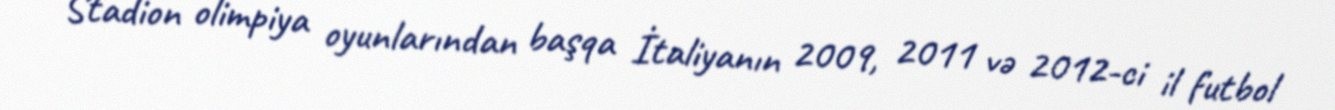
Stadion olimpiya oyunlarından başqa İtaliyanın 2009, 2011 və 2012-ci il futbol